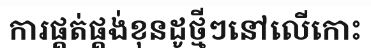
ការផ្គត់ផ្គង់ខុនដូថ្មីៗនៅលើកោះ